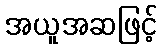
အယူအဆဖြင့်